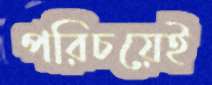
পরিচয়েই